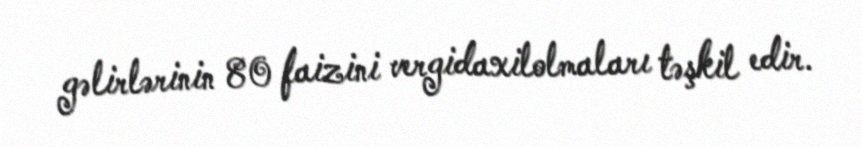
gəlirlərinin 80 faizini vergidaxilolmaları təşkil edir.